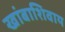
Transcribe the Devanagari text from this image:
खांबाशिवाय